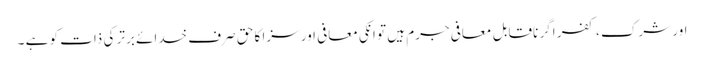
اور شرک ، کفر اگر ناقابل ِ معافی جرم ہیں تو انکی معافی اور سزا کا حق صرف خدائے برتر کی ذات کو ہے ۔